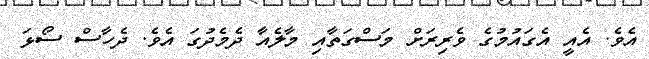
އެވެ. އެއީ އެގައުމުގެ ވެރިރަށް މަސްގަތާއި މާލެއާ ދެމެދުގަ އެވެ. ދެހާސް ސޯޅަ